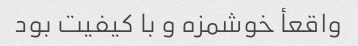
واقعأ خوشمزه و با کیفیت بود